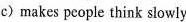
c) makes people think slowly